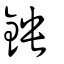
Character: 鉠